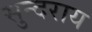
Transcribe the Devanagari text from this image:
सुन्दराय